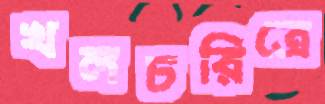
খলচরিত্রে